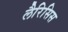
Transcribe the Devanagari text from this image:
लैरिसिस